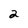
Character: 2